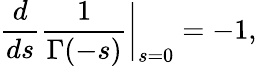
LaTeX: {\frac{d}{ds}}{\frac{1}{\Gamma(-s)}}\bigg|_{s=0}=-1,